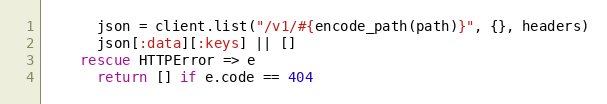
Language: Ruby
      json = client.list("/v1/#{encode_path(path)}", {}, headers)
      json[:data][:keys] || []
    rescue HTTPError => e
      return [] if e.code == 404